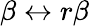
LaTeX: \beta\leftrightarrow r\beta